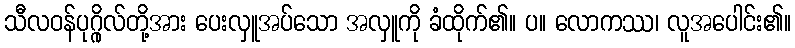
သီလဝန်ပုဂ္ဂိုလ်တို့အား ပေးလှူအပ်သော အလှူကို ခံထိုက်၏။ ပ။ လောကဿ၊ လူအပေါင်း၏။